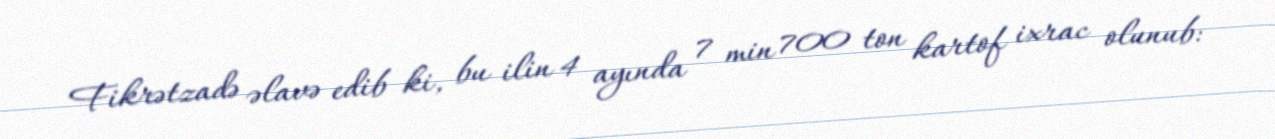
Fikrətzadə əlavə edib ki, bu ilin 4 ayında 7 min 700 ton kartof ixrac olunub: